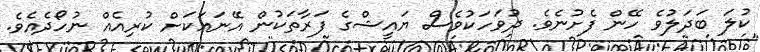
ކުލަ ބަދަލުވެ ހޭން ފެށުނެވެ. ދުވަހަކުވެސް ޔައީޝްގެ ފަރާތަކުން އޭނައަކަށް ކުރިއެއް ނުހޯދެއެވެ.